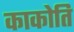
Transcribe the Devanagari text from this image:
काकोति